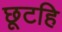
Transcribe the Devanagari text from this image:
छूटहि